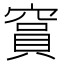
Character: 䆬